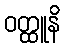
ဝတ္ထူနိ